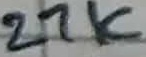
Text: 27K